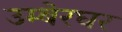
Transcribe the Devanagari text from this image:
उम्बेरघर